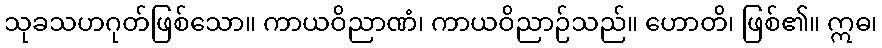
သုခသဟဂုတ်ဖြစ်သော။ ကာယဝိညာဏံ၊ ကာယဝိညာဉ်သည်။ ဟောတိ၊ ဖြစ်၏။ ဣဓ၊